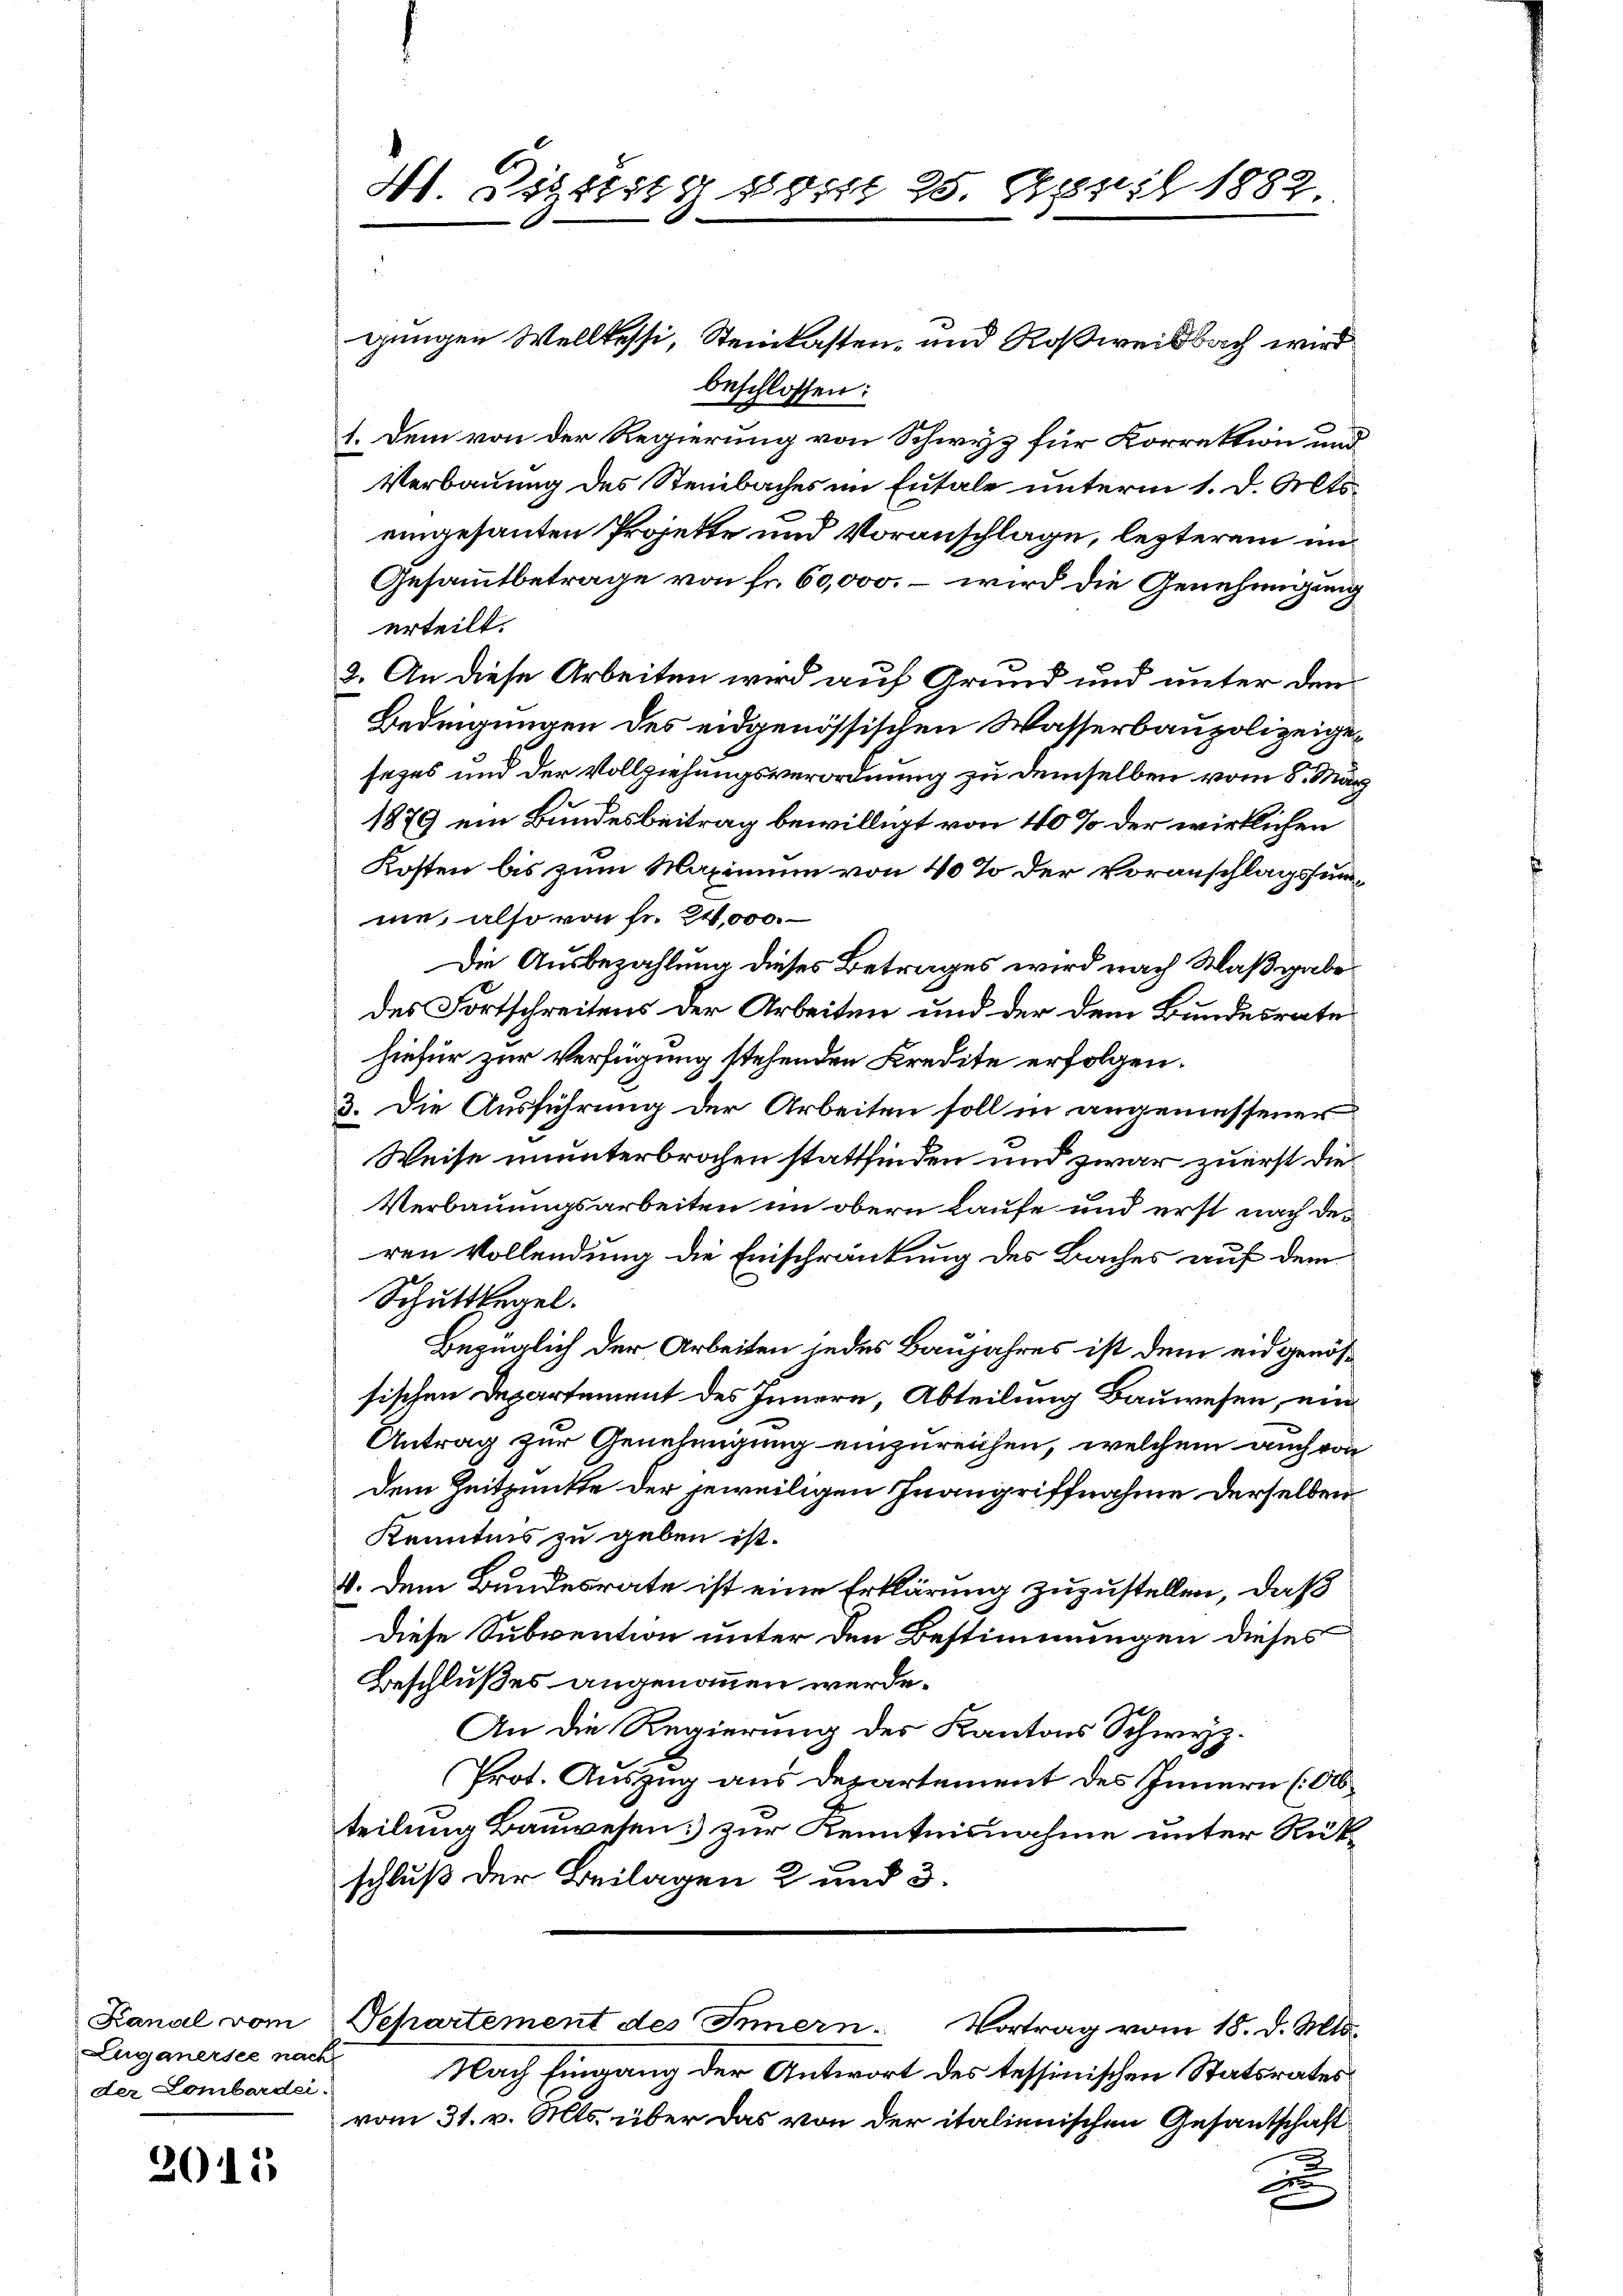
Kanal vom
Luganersee nach
der Lombarden.

2015

Hl. Distig 186

jungen Wellkessi, Steinlasten, und Roßweisbach wird
beschlossen:
1. Dem von der Regierung von Schwyz für Korrektion und
Verbauung des Steinbaches im Eutale unterm 1. d. Mts.
eingesanten Projette und Voranschlage, lezterem im
Gesammtbetrage von fr. 60,000. – wird die Genehmigung
erteilt.
2. An diese Arbeiten wird auf Grund und unter den
Bedingungen des eidgenössischen Wasserbaupolizeigesezes und der Vollziehungsverordnung zu demselben vom 5. März
1879 ein Bundesbeitrag bewilligt von 40% der wirklichen
Kosten bis zum Maximum von 40 % der Voranschlagssumne, also von Fr. 24,000.
Die Ausbezahlung dieses Betrages wird nach Maßgabedes Fortschreitens der Arbeiten und der dem Bundesrate
hiefür zur Verfügung stehenden Kredite erfolgen.
3. Die Ausführung der Arbeiten soll in angemessener
Weise ununterbrochen stattfinden und zwar zuerst die
Verbauungsarbeiten im obern Laufe und erst nach der
ren Vollendung die Einschränkung des Baches auf dem
Schutt legel.
Bezüglich der Arbeiten jedes Baujahres ist dem eidgenössischen Departement des Innern, Abteilung Bauwesen, ein
Antrag zur Genehmigung einzureichen, welchem auch von
Dem Zeitzmitte der jeweiligen Inangriffnahme derselben
Kenntnis zu geben ist.
4. dem Bundesrate ist eine Erklärung zuzustellen, daß
Diese Subvention unter den Bestimmungen dieses
Beschlußes angenommen werde.
An die Regierung des Kantons Schwyz.
Prot. Auszug aus Departement des Innern (Ob
teilung Bauwesen zur Kenntnisnahme unter Rückschluß der Beilagen 2 und 3.
Departement des Innern.
Vortrag vom 18. d. Mts.
Nach Eingang der Antwort des tessinischen Statsrates
vom 31. v. Mts. über das von der italienischen Gesantschaft
x

2282 f 1882.

22.